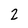
Character: 2